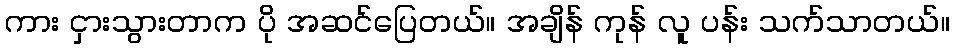
ကား ငှားသွားတာက ပို အဆင်ပြေတယ်။ အချိန် ကုန် လူ ပန်း သက်သာတယ်။